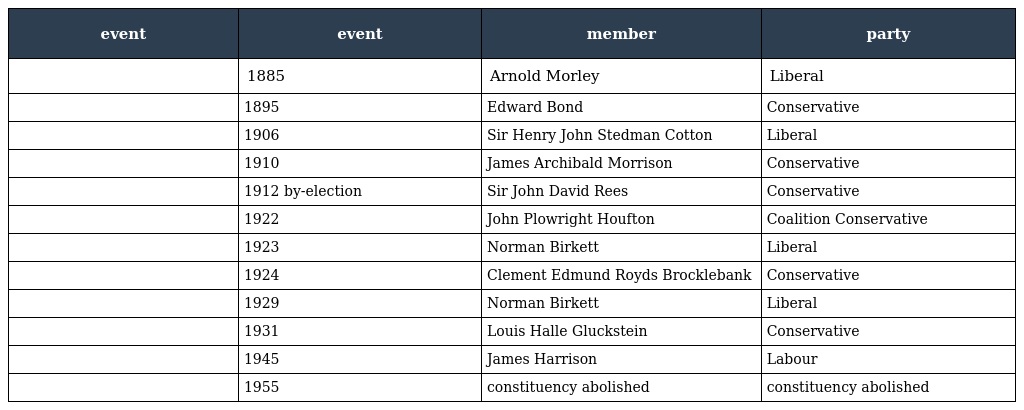
| event | event | member | party |
 | --- | --- | --- | --- |
 |  | 1885 | Arnold Morley | Liberal |
 |  | 1895 | Edward Bond | Conservative |
 |  | 1906 | Sir Henry John Stedman Cotton | Liberal |
 |  | 1910 | James Archibald Morrison | Conservative |
 |  | 1912 by-election | Sir John David Rees | Conservative |
 |  | 1922 | John Plowright Houfton | Coalition Conservative |
 |  | 1923 | Norman Birkett | Liberal |
 |  | 1924 | Clement Edmund Royds Brocklebank | Conservative |
 |  | 1929 | Norman Birkett | Liberal |
 |  | 1931 | Louis Halle Gluckstein | Conservative |
 |  | 1945 | James Harrison | Labour |
 |  | 1955 | constituency abolished | constituency abolished |